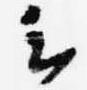
云